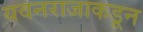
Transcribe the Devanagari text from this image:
यवनराजाकडून